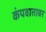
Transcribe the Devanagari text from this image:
कंपवातावर